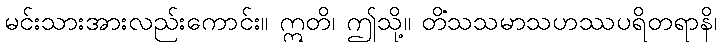
မင်းသားအားလည်းကောင်း။ ဣတိ၊ ဤသို့။ တိံသသမာသဟဿပရိတရာနိ၊